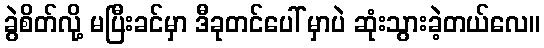
ခွဲစိတ်လို့ မပြီးခင်မှာ ဒီခုတင်ပေါ် မှာပဲ ဆုံးသွားခဲ့တယ်လေ။